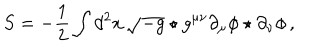
LaTeX: S = - \frac { 1 } { 2 } \int d ^ { 2 } x \, \sqrt { - g } \star g ^ { \mu \nu } \partial _ { \mu } \phi \star \partial _ { \nu } \phi \, ,